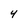
Character: 4